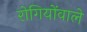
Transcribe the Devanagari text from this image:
रोगियोंवाले